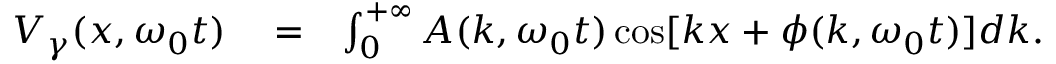
\begin{array} { r l r } { V _ { \gamma } ( x , \omega _ { 0 } t ) } & { { } = } & { \int _ { 0 } ^ { + \infty } A ( k , \omega _ { 0 } t ) \cos [ k x + \phi ( k , \omega _ { 0 } t ) ] d k . } \end{array}